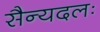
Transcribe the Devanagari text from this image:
सैन्यदलः